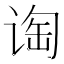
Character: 𬤁